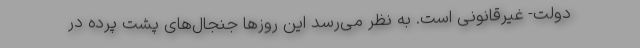
دولت- غیرقانونی است. به نظر می‌رسد این روزها جنجال‌های پشت پرده در